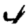
Digit: 4